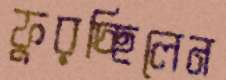
ফুরচ্ছিলেন